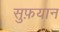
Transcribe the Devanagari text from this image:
सुफ़यान